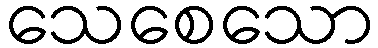
သေစေသော